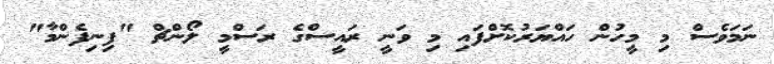
ނަމަވެސް މި މީހުން ހައްޔަރުކޮށްފައި މި ވަނީ ރައީސްގެ ރަސްމީ ލޯންޗް "ފިނިފެންމާ"